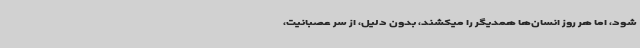
شود، اما هر روز انسان‌ها همدیگر را میکشند، بدون دلیل، از سر عصبانیت،